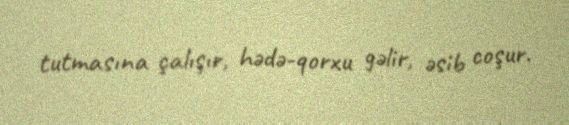
tutmasına çalışır, hədə-qorxu gəlir, əsib coşur.